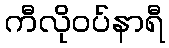
ကီလိုဝပ်နာရီ